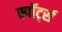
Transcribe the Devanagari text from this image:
स्पॉर्ट्स